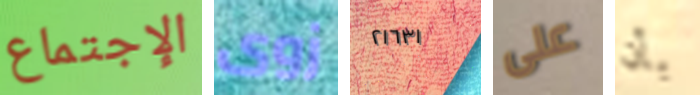
الإجتماع زوى ٢١٦٣١ على بأن